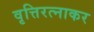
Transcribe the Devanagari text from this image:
वृत्तिरत्नाकर